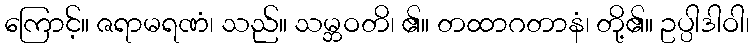
ကြောင့်။ ဇရာမရဏံ၊ သည်။ သမ္ဘဝတိ၊ ၏။ တထာဂတာနံ၊ တို့၏။ ဥပ္ပါဒါဝါ၊